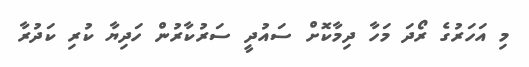
މި އަހަރުގެ ރޯދަ މަހާ ދިމާކޮށް ސައުދީ ސަރުކާރުން ހަދިޔާ ކުރި ކަދުރާ